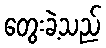
တွေးခဲ့သည်